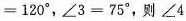
= 1 2 0 °$$，$$∠ 3 = 7 5 °$$，则$$∠ 4